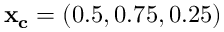
\mathbf { x _ { c } } = ( 0 . 5 , 0 . 7 5 , 0 . 2 5 )